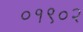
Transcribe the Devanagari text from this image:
०१९०२